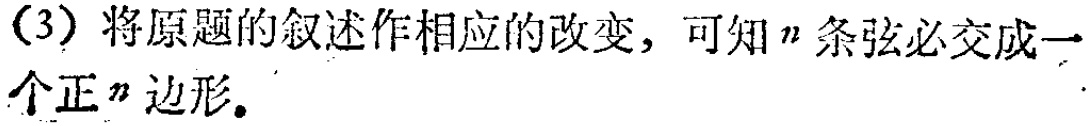
(3) 将原题的叙述作相应的改变，可知\(n\)条弦必交成一个正\(n\)边形。